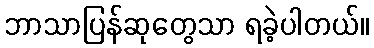
ဘာသာပြန်ဆုတွေသာ ရခဲ့ပါတယ်။